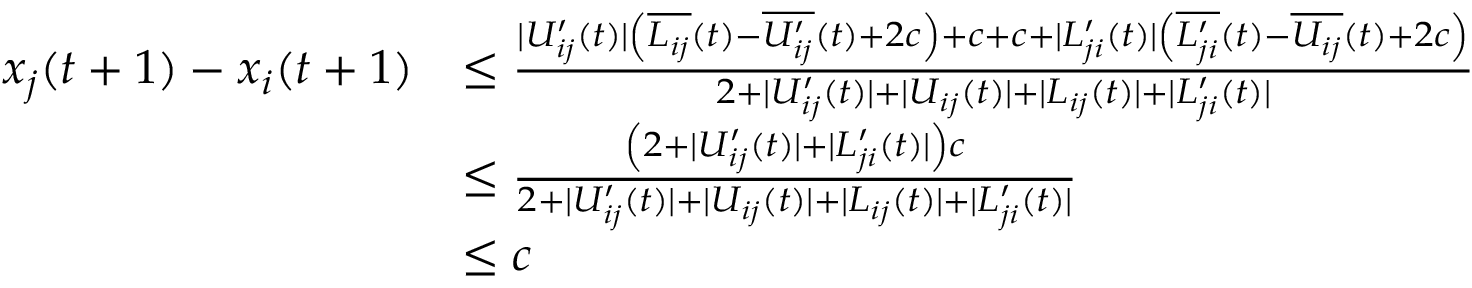
\begin{array} { r l } { x _ { j } ( t + 1 ) - x _ { i } ( t + 1 ) } & { \leq \frac { | U _ { i j } ^ { \prime } ( t ) | \left( \overline { { L _ { i j } } } ( t ) - \overline { { U _ { i j } ^ { \prime } } } ( t ) + 2 c \right) + c + c + | L _ { j i } ^ { \prime } ( t ) | \left( \overline { { L _ { j i } ^ { \prime } } } ( t ) - \overline { { U _ { i j } } } ( t ) + 2 c \right) } { 2 + | U _ { i j } ^ { \prime } ( t ) | + | U _ { i j } ( t ) | + | L _ { i j } ( t ) | + | L _ { j i } ^ { \prime } ( t ) | } } \\ & { \leq \frac { \left( 2 + | U _ { i j } ^ { \prime } ( t ) | + | L _ { j i } ^ { \prime } ( t ) | \right) c } { 2 + | U _ { i j } ^ { \prime } ( t ) | + | U _ { i j } ( t ) | + | L _ { i j } ( t ) | + | L _ { j i } ^ { \prime } ( t ) | } } \\ & { \leq c } \end{array}